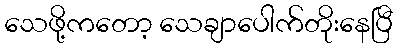
သေဖို့ကတော့ သေချာပေါက်တိုးနေပြီ